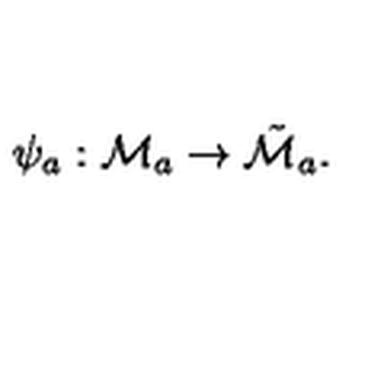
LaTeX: \psi _ { a } : { \cal M } _ { a } \to \tilde { { \cal M } } _ { a } .